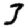
Digit: 3